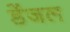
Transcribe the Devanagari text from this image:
डेंजल